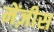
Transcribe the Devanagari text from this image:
मेंज़ीस